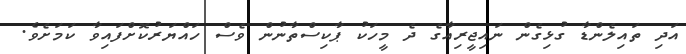
އަދި ތައިލެންޑާ ގުޅިގެން ނައިޖީރިއާގެ ދެ މީހަކު ޕާކިސްތާނުން ވެސް ހައްޔަރުކޮށްފައިވާ ކަމަށެވެ.